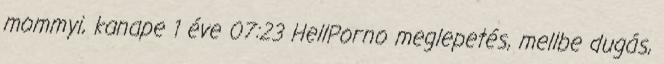
mommyi, kanape 1 éve 07:23 HellPorno meglepetés, mellbe dugás,